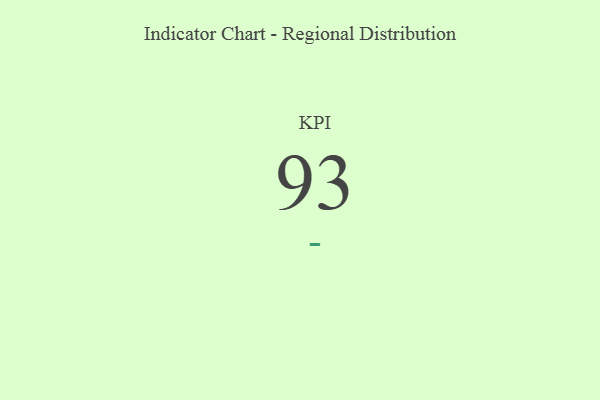
{"axis": {"x": "KPI", "y": "Value"}, "legend": [""], "data": [{"x": "KPI", "y": 93, "type": ""}]}